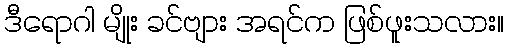
ဒီရောဂါ မျိုး ခင်ဗျား အရင်က ဖြစ်ဖူးသလား။